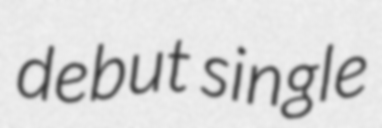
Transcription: debut single